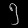
Digit: ၅